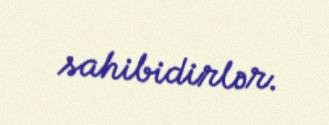
sahibidirlər.